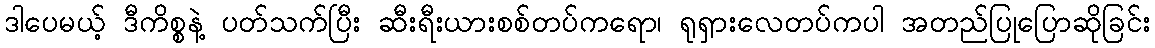
ဒါပေမယ့် ဒီကိစ္စနဲ့ ပတ်သက်ပြီး ဆီးရီးယားစစ်တပ်ကရော၊ ရုရှားလေတပ်ကပါ အတည်ပြုပြောဆိုခြင်း